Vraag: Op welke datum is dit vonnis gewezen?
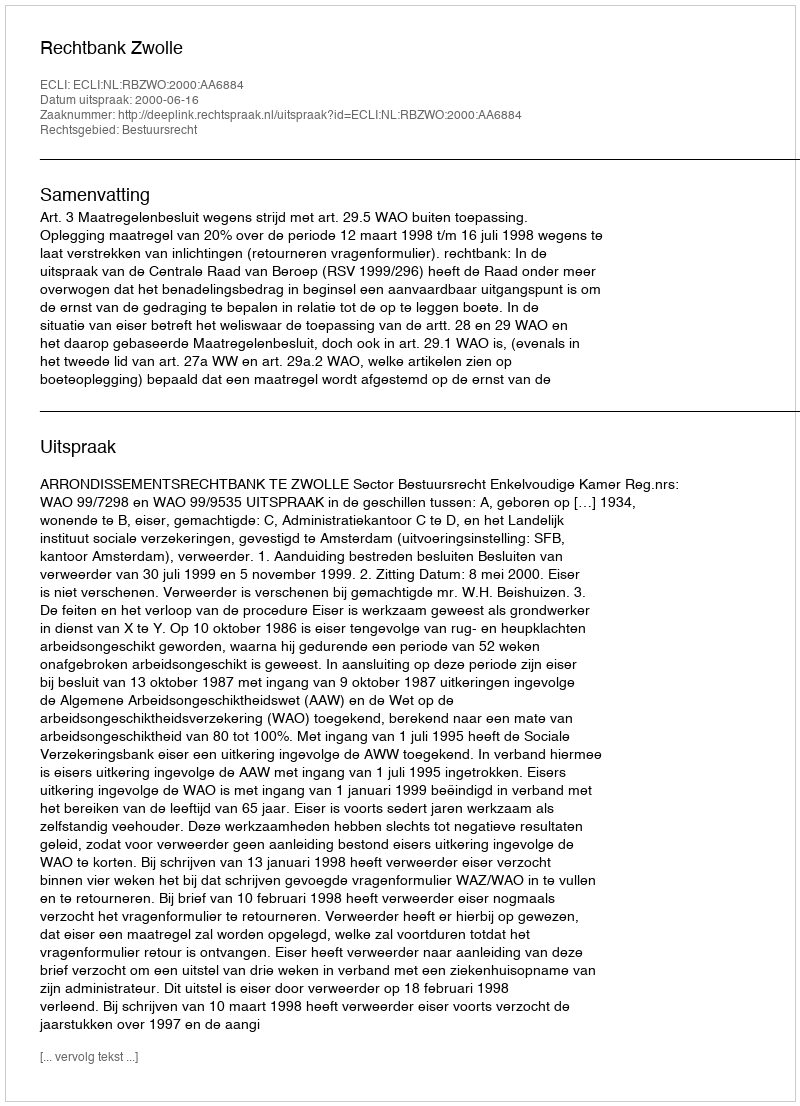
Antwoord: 2000-06-16